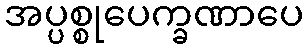
အပ္ပစ္စုပေက္ခဏာပေ